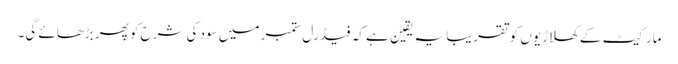
مارکیٹ کے کھلاڑیوں کو تقریبا یہ یقین ہے کہ فیڈرل ستمبر میں سود کی شرح کو پھر بڑھائے گی۔